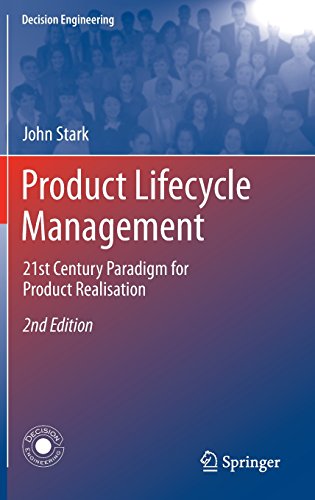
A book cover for Product Lifecycle Management: 21st Century Paradigm for Product Realisation (Decision Engineering); John Stark; Business & Money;